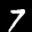
Label: 7